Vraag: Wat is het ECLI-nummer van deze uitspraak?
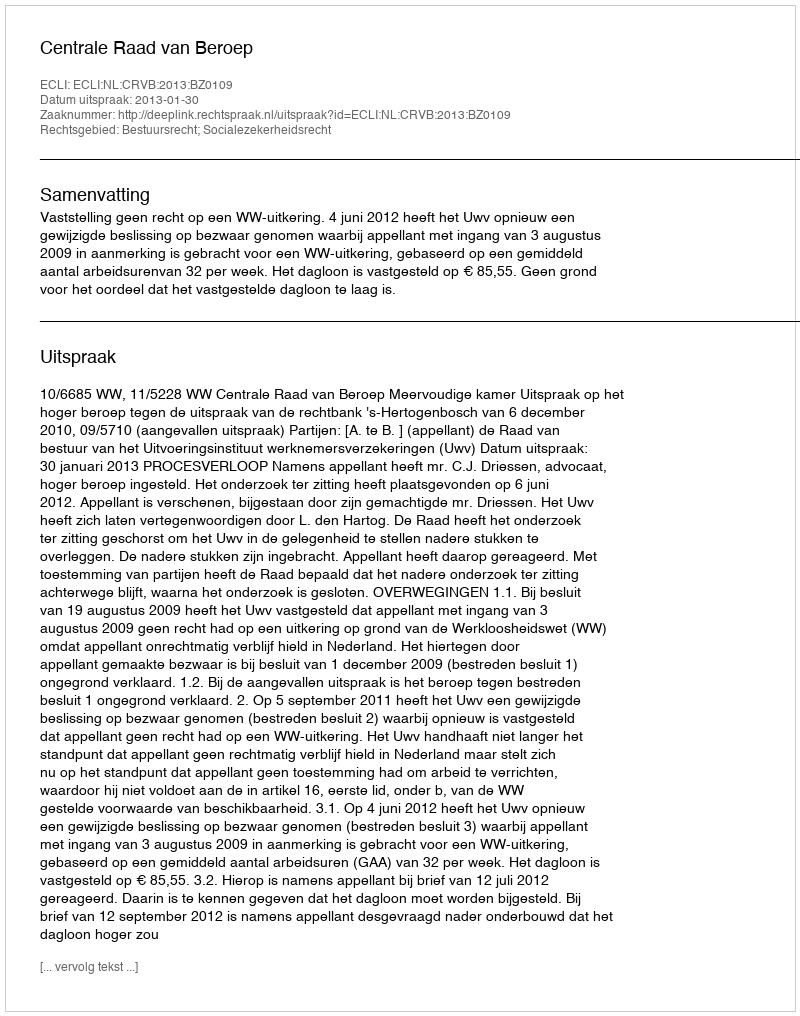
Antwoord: ECLI:NL:CRVB:2013:BZ0109